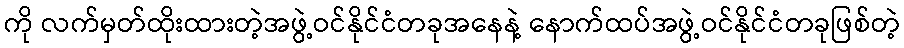
ကို လက်မှတ်ထိုးထားတဲ့အဖွဲ့ဝင်နိုင်ငံတခုအနေနဲ့ နောက်ထပ်အဖွဲ့ဝင်နိုင်ငံတခုဖြစ်တဲ့